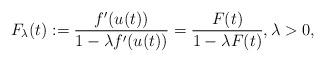
LaTeX: \begin{align*} F_\lambda(t) := \frac{f'(u(t))}{1-\lambda f'(u(t))} = \frac{F(t)}{1 - \lambda F(t)}, \lambda>0,\end{align*}